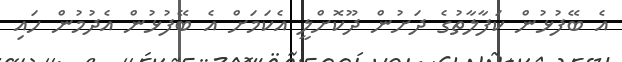
އެ ބޭފުޅުން ކަފާލާތުގެ ދަށުން ދޫކޮށްލީ އެކަމަށް އެ ބޭފުޅުން އެދުމުން ހައި